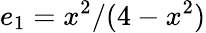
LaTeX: e_{1}=x^{2}/(4-x^{2})